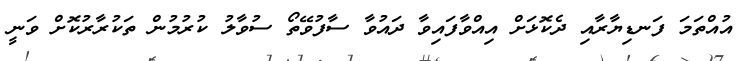
އުއްތަމަ ފަނޑިޔާރާއި ދެކޮޅަށް އިއްވާފައިވާ ދައުވާ ސާފުވޭތޯ ސުވާލު ކުރުމުން ތަކުރާރުކޮށް ވަނީ